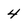
Character: 4